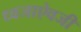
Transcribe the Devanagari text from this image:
ध्वजाऐवजी